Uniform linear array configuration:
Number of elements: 64
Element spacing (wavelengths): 1
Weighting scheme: blackman
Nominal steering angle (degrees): -60
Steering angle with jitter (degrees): -58.837
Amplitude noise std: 0.05
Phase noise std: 0.05

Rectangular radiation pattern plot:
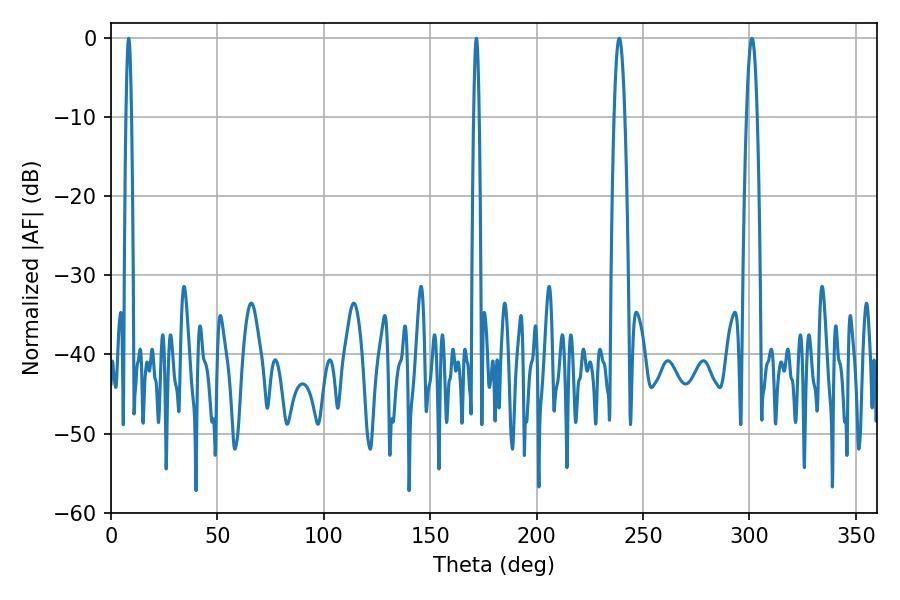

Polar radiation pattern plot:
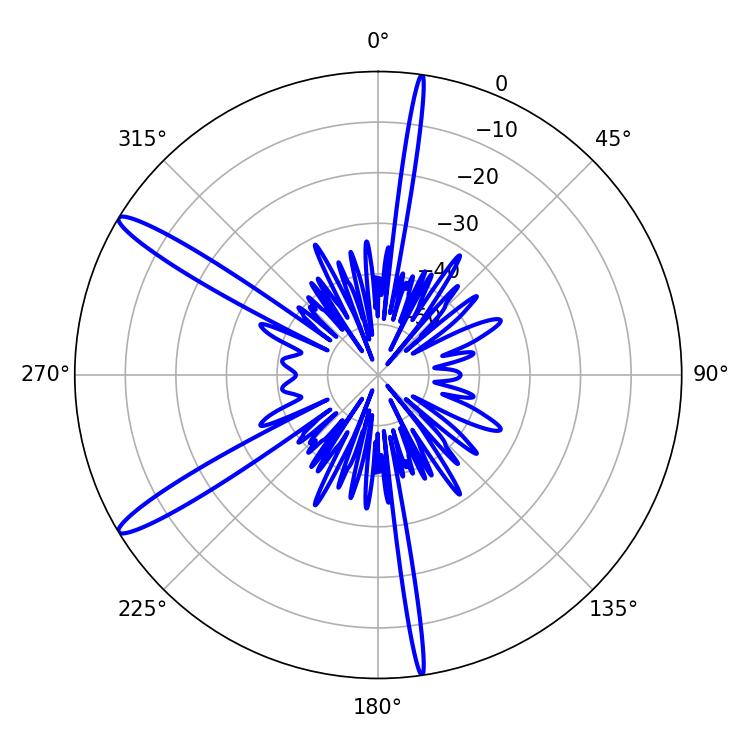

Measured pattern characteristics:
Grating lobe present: TRUE
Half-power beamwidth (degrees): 2.7
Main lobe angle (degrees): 238.86